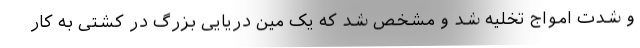
و شدت امواج تخلیه شد و مشخص شد که یک مین دریایی بزرگ در کشتی به کار